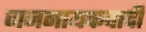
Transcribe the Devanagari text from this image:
जननायकवादी